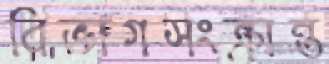
বিভাগসংক্রান্ত